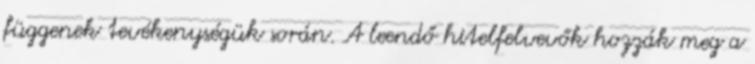
függenek tevékenységük során. A leendő hitelfelvevők hozzák meg a